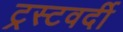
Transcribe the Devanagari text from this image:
ट्रस्टवर्दी